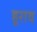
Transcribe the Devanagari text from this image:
हूराव